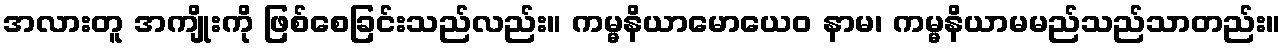
အလားတူ အကျိုးကို ဖြစ်စေခြင်းသည်လည်း။ ကမ္မနိယာမောယေဝ နာမ၊ ကမ္မနိယာမမည်သည်သာတည်း။